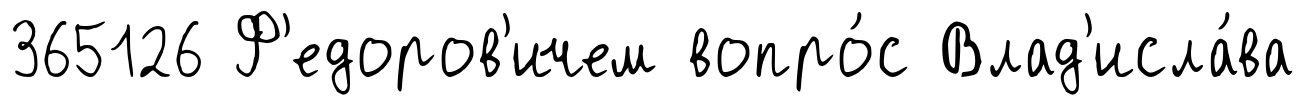
365126 Ф'едоров'ичем вопро́с Влад'исла́ва